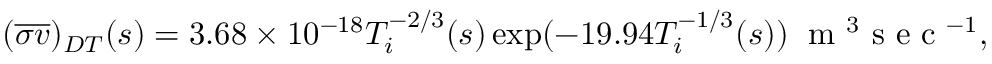
( \overline { { \sigma v } } ) _ { D T } ( s ) = 3 . 6 8 \times 1 0 ^ { - 1 8 } T _ { i } ^ { - 2 / 3 } ( s ) \exp ( - 1 9 . 9 4 T _ { i } ^ { - 1 / 3 } ( s ) ) \; \mathrm { ~ m ~ } ^ { 3 } \mathrm { ~ s ~ e ~ c ~ } ^ { - 1 } ,